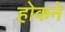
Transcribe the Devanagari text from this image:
होकने